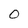
Character: 0